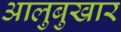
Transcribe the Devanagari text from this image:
आलुबुखार